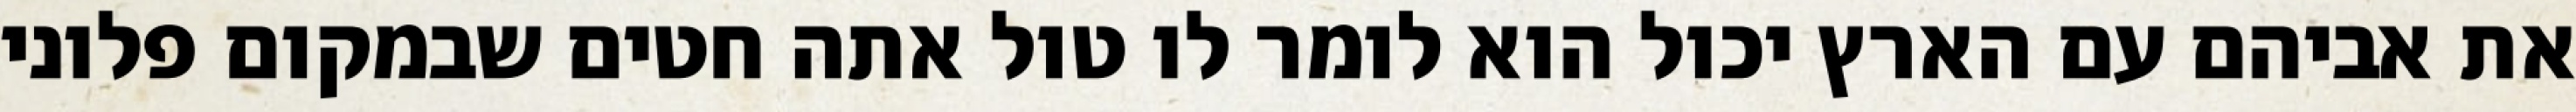
את אביהם עם הארץ יכול הוא לומר לו טול אתה חטים שבמקום פלוני